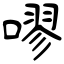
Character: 嘐